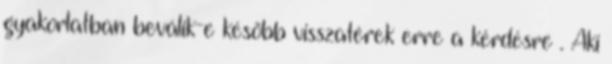
gyakorlatban beválik-e késõbb visszatérek erre a kérdésre . Aki